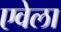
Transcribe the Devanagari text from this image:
एवेला